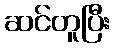
ဆင်တူပြီး